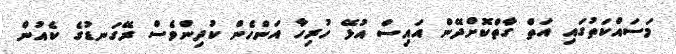
މަސައްކަތުގައި އަތް ގާތްކޮށްދޭން އައިސް އުޅޭ ހުރިހާ އަންހެން ކުދިންވެސް ރޭގަނޑުގެ ކެއުން